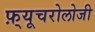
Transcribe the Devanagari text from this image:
फ़्यूचरोलोजी